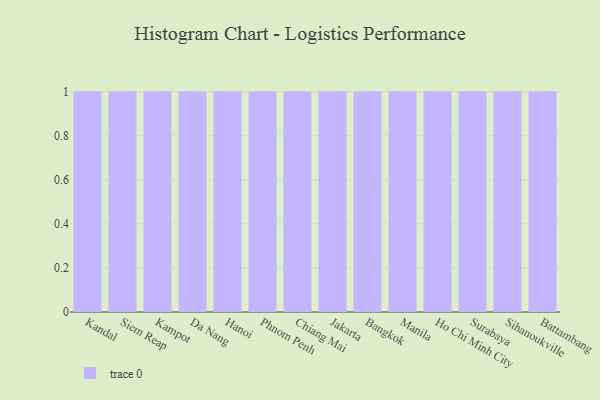
{"axis": {"x": "City", "y": "Backlog"}, "legend": [""], "data": [{"x": "Kandal", "y": 2, "type": ""}, {"x": "Siem Reap", "y": 70, "type": ""}, {"x": "Kampot", "y": 89, "type": ""}, {"x": "Da Nang", "y": 92, "type": ""}, {"x": "Hanoi", "y": 75, "type": ""}, {"x": "Phnom Penh", "y": 63, "type": ""}, {"x": "Chiang Mai", "y": 44, "type": ""}, {"x": "Jakarta", "y": 45, "type": ""}, {"x": "Bangkok", "y": 53, "type": ""}, {"x": "Manila", "y": 45, "type": ""}, {"x": "Ho Chi Minh City", "y": 3, "type": ""}, {"x": "Surabaya", "y": 38, "type": ""}, {"x": "Sihanoukville", "y": 4, "type": ""}, {"x": "Battambang", "y": 78, "type": ""}]}